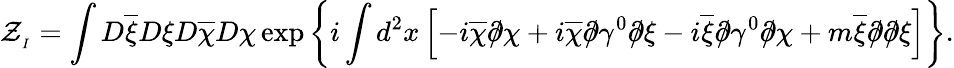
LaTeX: {\cal Z}_{_I}=\int D\overline{{{\xi}}}D\xi D\overline{{{\chi}}}D\chi\exp\left\{ i\int d^{2}x\left[-i\overline{{{\chi}}}\partial\! \! \! /\chi+i\overline{{{\chi}}}\partial\! \! \! /\gamma^{0}\partial\! \! \! /\xi-i\overline{{{\xi}}}\partial\! \! \! /\gamma^{0}\partial\! \! \! /\chi+m\overline{{{\xi}}}\partial\! \! \! /\partial\! \! \! /\xi\right]\right\} .